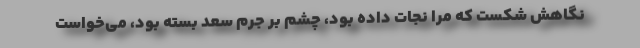
نگاهش شکست که مرا نجات داده بود، چشم بر جرم سعد بسته بود، می‌خواست